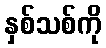
နှစ်သစ်ကို